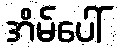
အိမ်ပေါ်